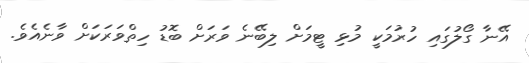
އޭނާ ގޯލުގައި ހުރުމަކީ މުޅި ޓީމަށް ލިބޭނެ ވަރަށް ބޮޑު ހިތްވަރަކަށް ވާނެއެވެ.